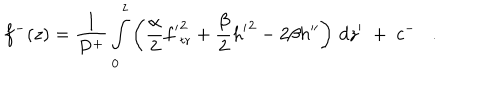
LaTeX: f ^ { - } ( z ) = { \frac { 1 } { P ^ { + } } } \int _ { 0 } ^ { z } \left( { \frac { \alpha } { 2 } } { f ^ { \prime } } _ { \mathrm { t r } } ^ { 2 } + { \frac { \beta } { 2 } } { h ^ { \prime } } ^ { 2 } - 2 \beta h ^ { \prime \prime } \right) \, d z ^ { \prime } \; + \; c ^ { - } .